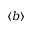
\langle b \rangle